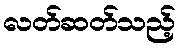
လတ်ဆတ်သည့်